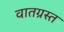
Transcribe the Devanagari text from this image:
वातग्रस्त